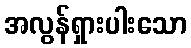
အလွန်ရှားပါးသော